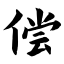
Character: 偿